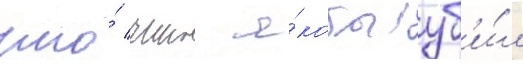
что́ чино я́кобы уб'и́л